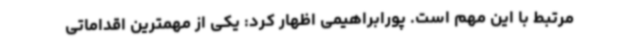
مرتبط با این مهم است. پورابراهیمی اظهار کرد: یکی از مهمترین اقداماتی